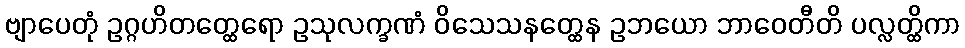
ဗျာပေတုံ ဥဂ္ဂဟိတတ္ထေရော ဥသုလက္ခဏံ ဝိသေသနတ္ထေန ဥဘယော ဘာဝေတီတိ ပလ္လတ္ထိကာ